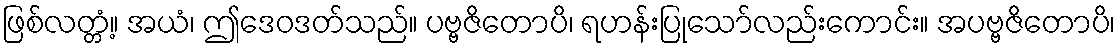
ဖြစ်လတ္တံ့။ အယံ၊ ဤဒေဝဒတ်သည်။ ပဗ္ဗဇိတောပိ၊ ရဟန်းပြုသော်လည်းကောင်း။ အပဗ္ဗဇိတောပိ၊